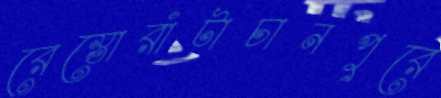
রেস্তোরাঁটাচানপুরে